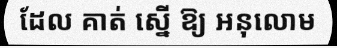
ដែល គាត់ ស្នើ ឱ្យ អនុលោម